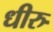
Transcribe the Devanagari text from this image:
धीरु